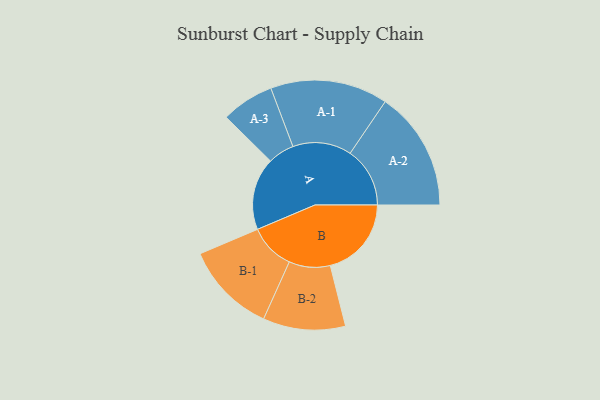
{"axis": {"x": "Segment", "y": "Value"}, "legend": ["", "A", "B"], "data": [{"x": "A", "y": 362, "type": ""}, {"x": "B", "y": 406, "type": ""}, {"x": "A-1", "y": 294, "type": "A"}, {"x": "A-2", "y": 299, "type": "A"}, {"x": "A-3", "y": 132, "type": "A"}, {"x": "B-1", "y": 229, "type": "B"}, {"x": "B-2", "y": 206, "type": "B"}]}